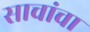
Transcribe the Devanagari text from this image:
साचांचा